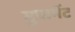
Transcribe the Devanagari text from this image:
गुप्तभेंट